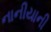
નાનીયાની